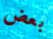
بعض